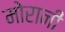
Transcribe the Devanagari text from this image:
मोरानी